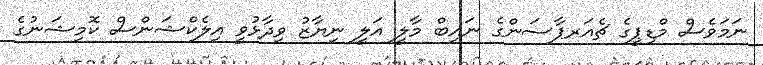
ނަމަވެސް މްޑިޕީގެ ޗެއަރޕާސަންގެ ނައިބް މާލީ އަލީ ނިޔާޒު ވިދާޅުވީ އިލެކްޝަންސް ކޮމިޝަނުގެ